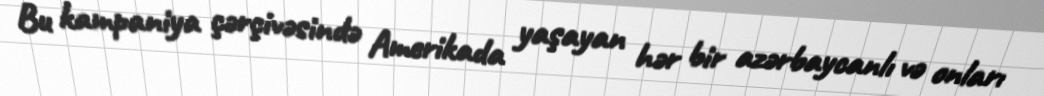
Bu kampaniya çərçivəsində Amerikada yaşayan hər bir azərbaycanlı və onları